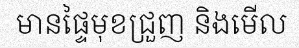
មានផ្ទៃមុខជ្រួញ និងមើល